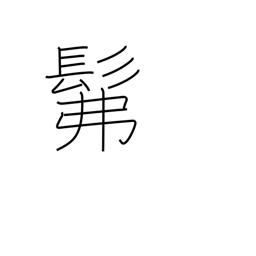
Meaning: dimly